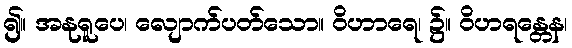
၍။ အနုရူပေ၊ လျောက်ပတ်သော။ ဝိဟာရေ၊ ၌။ ဝိဟရန္တေန၊